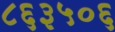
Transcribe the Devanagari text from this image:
८६३५०६